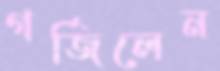
গর্জিলেন